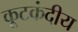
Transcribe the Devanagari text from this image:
कूटकंदीय